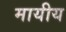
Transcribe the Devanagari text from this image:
मायीय